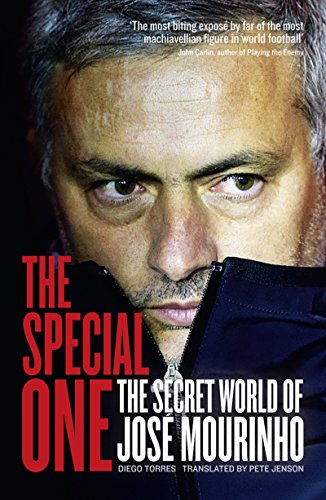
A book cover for The Special One; Diego Torres; Biographies & Memoirs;